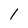
Character: 1